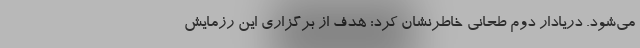
می‌شود. دریادار دوم طحانی خاطرنشان کرد: هدف از برگزاری این رزمایش